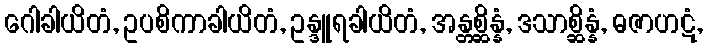
ဂေါခါယိတံ, ဥပစိကာခါယိတံ, ဥန္ဒူရခါယိတံ, အန္တစ္ဆိန္နံ, ဒသာစ္ဆိန္နံ, ဓဇာဟဋံ,